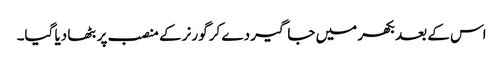
اس کے بعد بکھر میں جاگیر دے کر گورنر کے منصب پر بٹھا دیا گیا۔